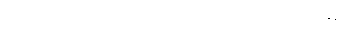
စည်းစိမ်တော် အမိန့်တစ်ခုလို အကျိုးဖြစ်၏ ဖြစ်ပွားမှုနှုန်းက